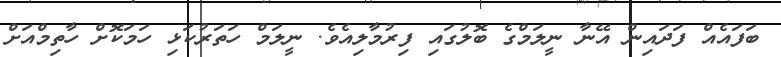
ބަފައެއް ފަދައިން އޭނާ ނީލަމްގެ ބޮލުގައި ފިރުމާލިއެވެ. ނީލަމް ހަތަރުކަޅި ހަމަކޮށް ހާތިމްއަށް